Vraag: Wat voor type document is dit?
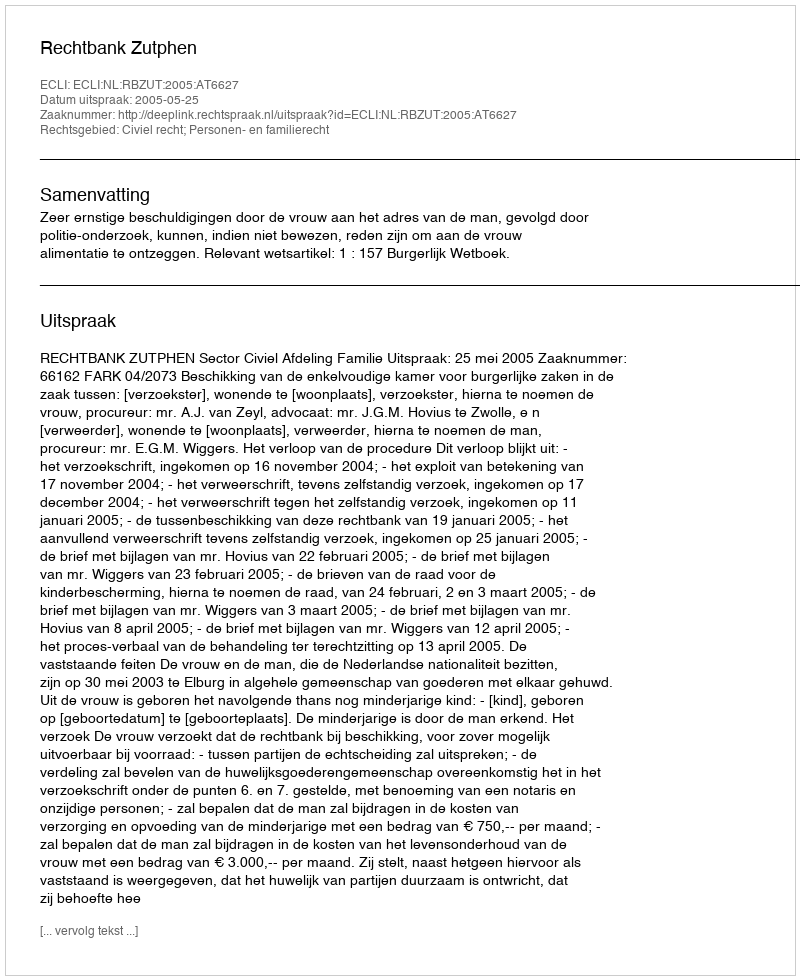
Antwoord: Uitspraak